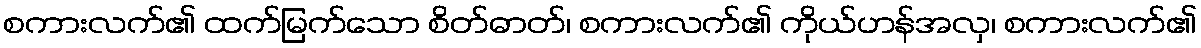
စကားလက်၏ ထက်မြက်သော စိတ်ဓာတ်၊ စကားလက်၏ ကိုယ်ဟန်အလှ၊ စကားလက်၏